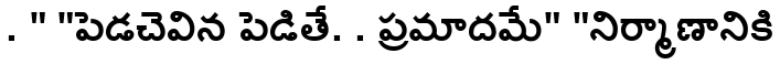
. " "పెడచెవిన పెడితే. . ప్రమాదమే" "నిర్మాణానికి